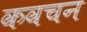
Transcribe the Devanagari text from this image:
कवचन